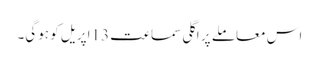
اس معاملے پر اگلی سماعت 13اپریل کو ہوگی۔